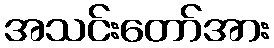
အသင်းတော်အား